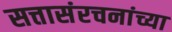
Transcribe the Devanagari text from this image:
सत्तासंरचनांच्या